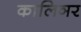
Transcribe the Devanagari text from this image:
कालिञर